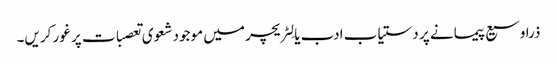
ذرا وسیع پیمانے پر دستیاب ادب یا لِٹریچر میں موجود شعوی تعصبات پر غور کریں۔